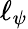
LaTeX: \ell_{\psi}